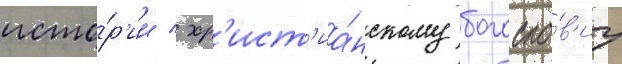
исто́р'ии / хр'ист'иа́нскому богосло́в'иу